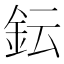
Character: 𨥕